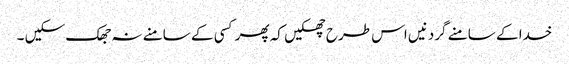
خدا کے سامنے گردنیں اس طرح جھکیں کہ پھر کسی کے سامنے نہ جھک سکیں ۔